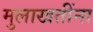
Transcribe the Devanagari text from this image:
मुलाखतींना